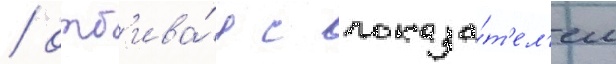
/ отб'ива́я с показа́т'ел'ем